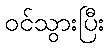
ဝင်သွားပြီး